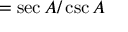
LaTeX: = { \sec A / \csc A }